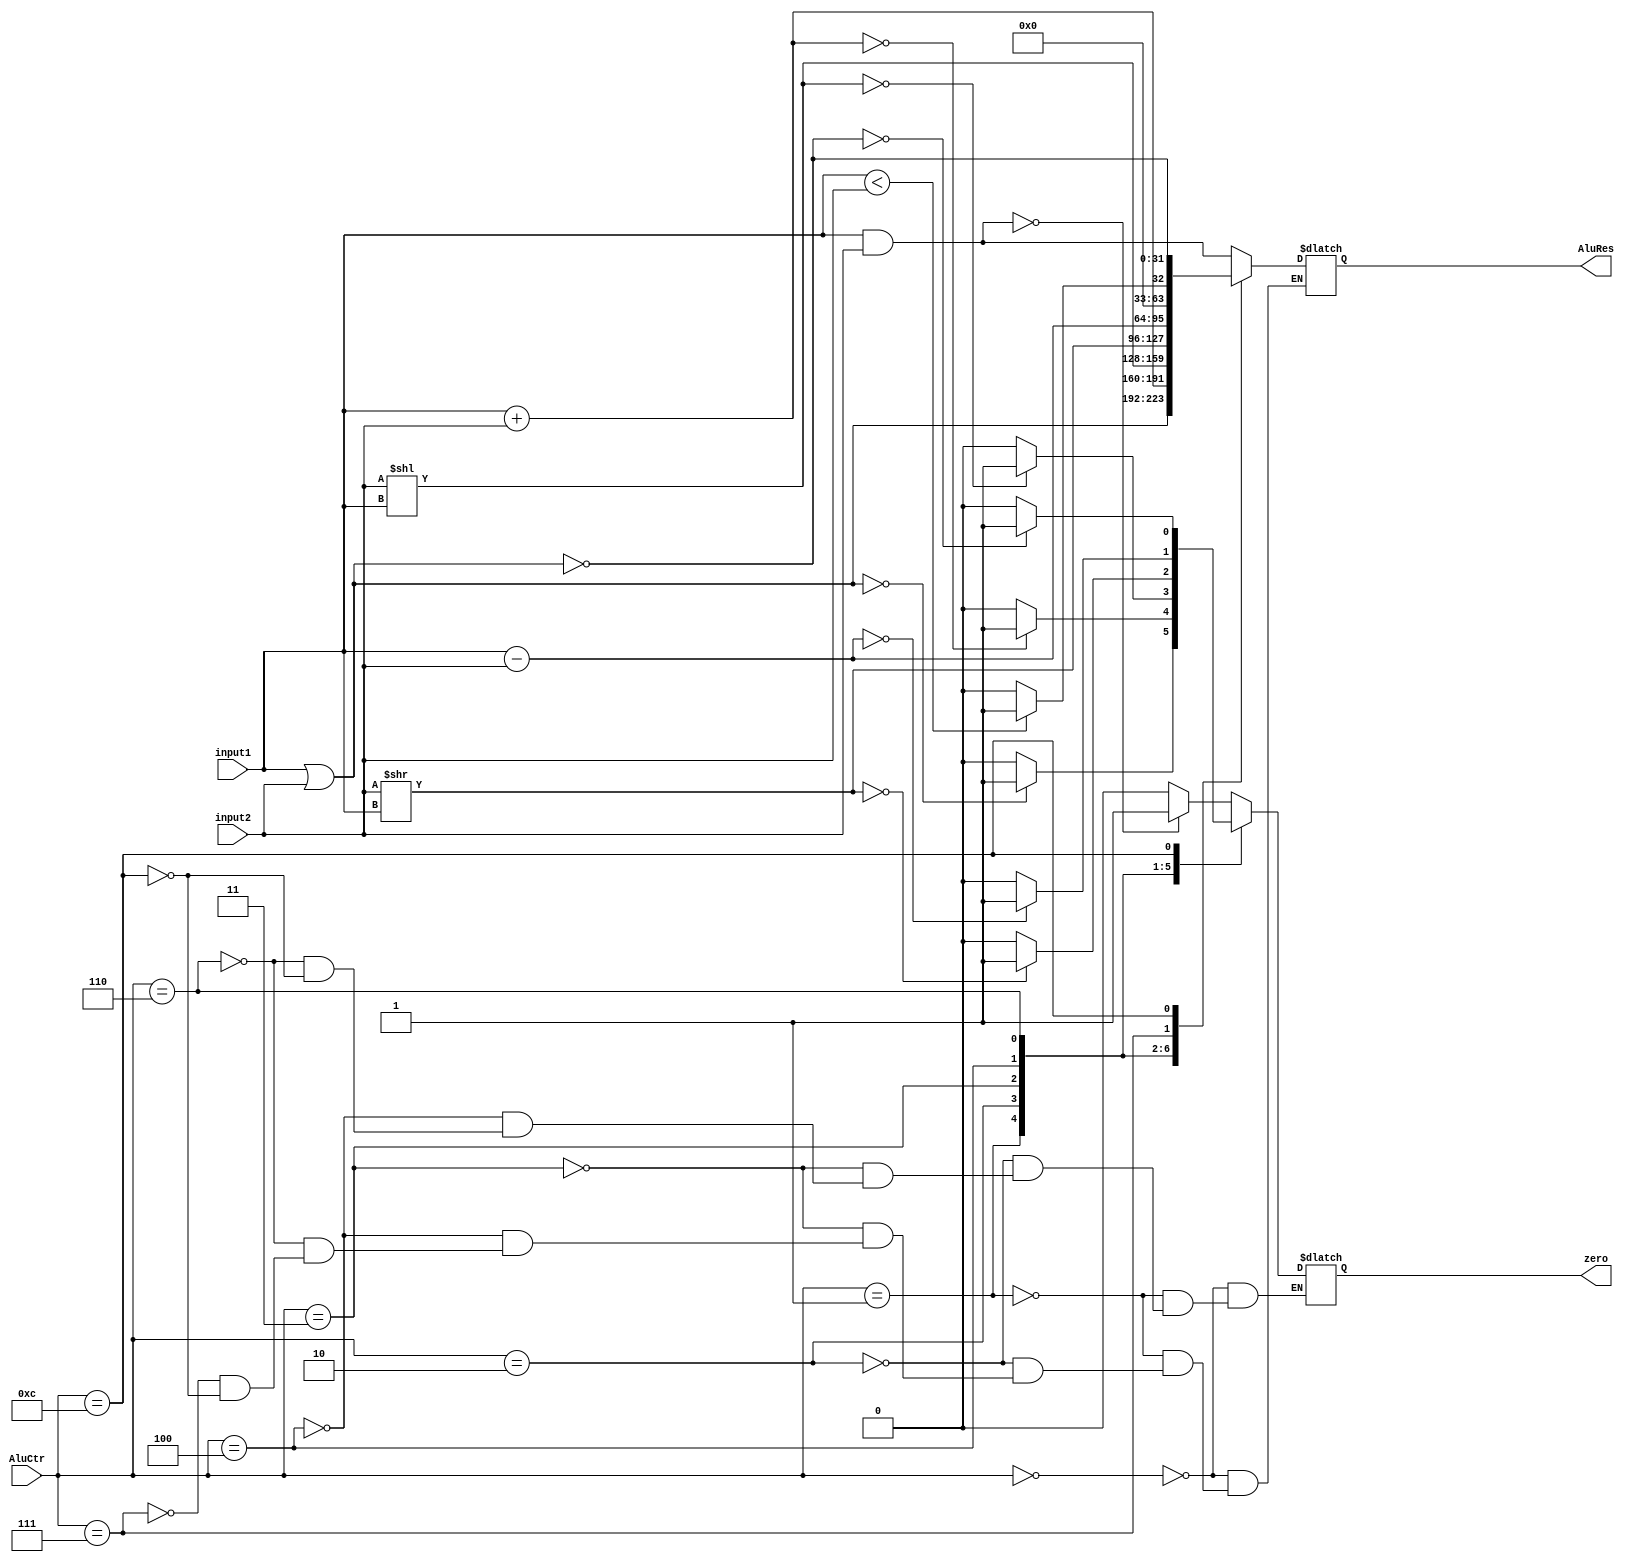
`timescale 1ns / 1ps
//////////////////////////////////////////////////////////////////////////////////
// Company: 
// Engineer: 
// 
// Design Name: 
// Module Name: ALU
// Project Name: 
// Target Devices: 
// Tool Versions: 
// Description: 
// 
// Dependencies: 
// 
// Revision:
// Revision 0.01 - File Created
// Additional Comments:
// 
//////////////////////////////////////////////////////////////////////////////////


module ALU(
    input [31:0] input1,
    input [31:0] input2,
    input [3:0] AluCtr,
    output reg zero,
    output reg [31:0] AluRes
    );
    always @(input1 or input2 or AluCtr)
    begin
        case(AluCtr)
            4'b0000:
                begin
                    AluRes=input1 & input2;
                    if(AluRes==0) zero=1;
                    else zero=0;
                end
            4'b0001:
                begin
                    AluRes=input1 | input2;
                    if(AluRes==0) zero=1;
                    else zero=0;
                end
            4'b0010:
                begin
                    AluRes=input1+input2;
                    if(AluRes==0) zero=1;
                    else zero=0;
                end
            4'b0011:
                begin
                    AluRes=input2<<input1;
                    if(AluRes==0) zero=1;
                    else zero=0;
                end
            4'b0100:
                begin
                    AluRes=input2>>input1;
                    if(AluRes==0) zero=1;
                    else zero=0;
                end
            4'b0110:
                begin
                    AluRes=input1-input2;
                    if(AluRes==0) zero=1;
                    else zero=0;
                end
            4'b0111:
                begin
                    if(input1<input2) AluRes=1;
                    else AluRes=0;
                end
            4'b1100:
                begin
                    AluRes=~(input1|input2);
                    if(AluRes==0) zero=1;
                    else zero=0;
                end
        endcase
    end
endmodule